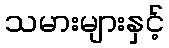
သမားများနှင့်